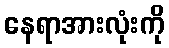
နေရာအားလုံးကို